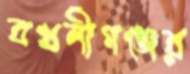
বখশীগঞ্জের